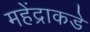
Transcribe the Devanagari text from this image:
महेंद्राकडे